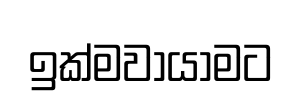
ඉක්මවායාමට